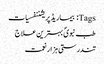
Tags: بیماریڈپریشننفسیات
طب نبویؐ بہترین علاج
تندرستی ہزار نعمت